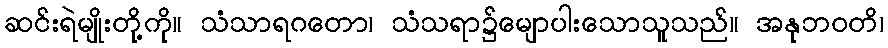
ဆင်းရဲမျိုးတို့ကို။ သံသာရဂတော၊ သံသရာ၌မျောပါးသောသူသည်။ အနုဘဝတိ၊